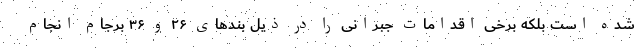
شده است بلکه برخی اقدامات جبرانی را در ذیل بندهای ۲۶ و ۳۶ برجام انجام